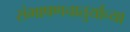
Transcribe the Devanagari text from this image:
संभाषणचातुर्याच्या